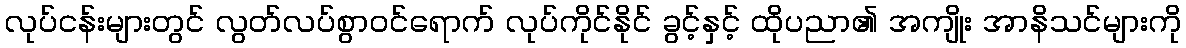
လုပ်ငန်းများတွင် လွတ်လပ်စွာဝင်ရောက် လုပ်ကိုင်နိုင် ခွင့်နှင့် ထိုပညာ၏ အကျိုး အာနိသင်များကို